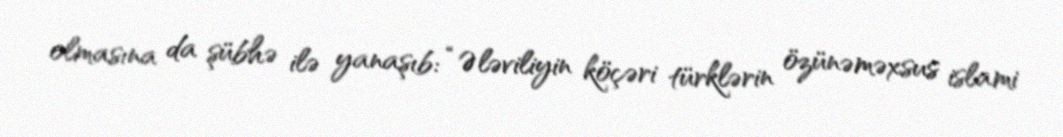
olmasına da şübhə ilə yanaşıb: “Ələviliyin köçəri türklərin özünəməxsus islami